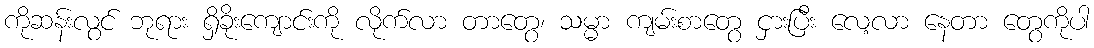
ကိုဆန်းလွင် ဘုရား ရှိခိုးကျောင်းကို လိုက်လာ တာတွေ၊ သမ္မာ ကျမ်းစာတွေ ငှားပြီး လေ့လာ နေတာ တွေကိုပါ